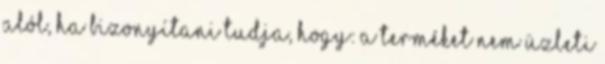
alól, ha bizonyítani tudja, hogy: a terméket nem üzleti